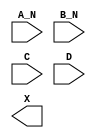
module sky130_fd_sc_hd__and4bb (
    //# {{data|Data Signals}}
    input  A_N,
    input  B_N,
    input  C  ,
    input  D  ,
    output X
);

    // Voltage supply signals
    supply1 VPWR;
    supply0 VGND;
    supply1 VPB ;
    supply0 VNB ;

endmodule